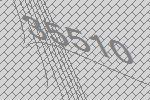
35510